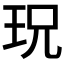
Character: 𱮸